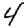
Digit: 4